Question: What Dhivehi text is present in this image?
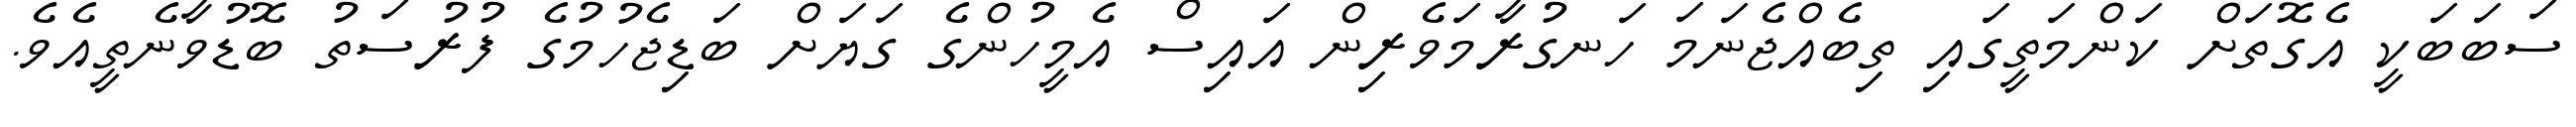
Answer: ސަބަބަކީ އެގޮތަށް ކަންމަތީގައި ތިބެއްޖެނަމަ ހަނގުރާމަވެރިން އައިސް އެމީހުންގެ ގަޔަށް ބަޑިޖެހުމުގެ ފުރުސަތު ބޮޑުވާނެތީއެވެ.